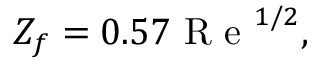
\begin{array} { r } { Z _ { f } = 0 . 5 7 \mathrm { ~ R ~ e ~ } ^ { { 1 } / { 2 } } , } \end{array}